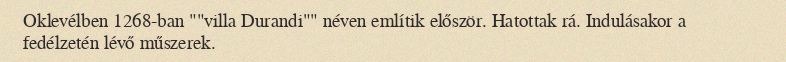
Oklevélben 1268-ban ""villa Durandi"" néven említik először. Hatottak rá. Indulásakor a fedélzetén lévő műszerek.